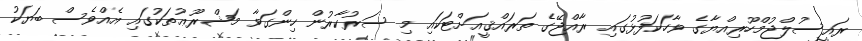
ރައީސުލްޖުމްހޫރިއްޔާގެ ވާހަކަފުޅުގައި ރާއްޖޭގެ ތަރައްޤީއަށްޓަކައި މި ސަރުކާރުން ހިންގަވާ މަޝްރޫޢުތަކުގައި އެއްވެސް ބަޔަކު